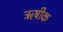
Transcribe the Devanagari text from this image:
ऋषीक